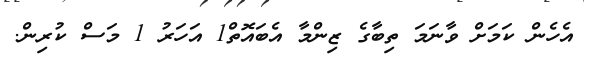
އެހެން ކަމަށް ވާނަމަ ތިބާގެ ޒިންމާ އެބައޮތް1 އަހަރު 1 މަސް ކުރިން.